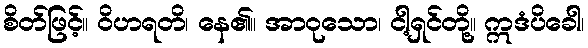
စိတ်ဖြင့်။ ဝိဟရတိ၊ နေ၏။ အာဝုသော၊ ငါ့ရှင်တို့။ ဣဒံပိခေါ၊